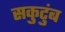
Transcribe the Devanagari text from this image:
सकुटुंब